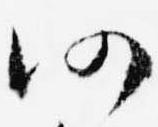
仍